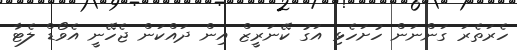
ހެރަތެރަ ގަންނަން ހުށަހެޅި އަގު ކޭނަރީޒް އިން ދައްކަން ޖެހޭނީ އެވޯޑް ލެޓާ